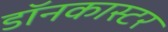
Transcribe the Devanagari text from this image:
डॉनकास्टर